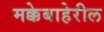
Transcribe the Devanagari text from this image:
मक्केबाहेरील